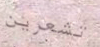
تشعرين